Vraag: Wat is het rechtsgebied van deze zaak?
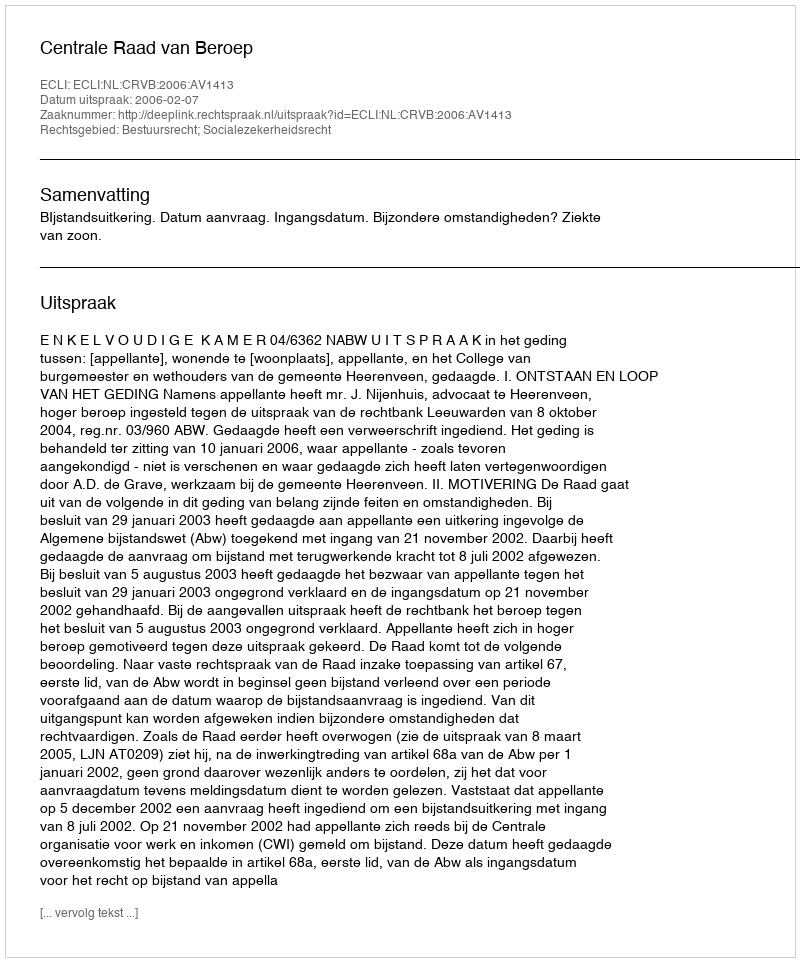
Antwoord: Bestuursrecht; Socialezekerheidsrecht